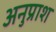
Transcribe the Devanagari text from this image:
अनुप्राश